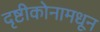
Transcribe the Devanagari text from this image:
दृष्टीकोनामधून